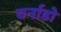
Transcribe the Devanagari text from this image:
वर्नाडो